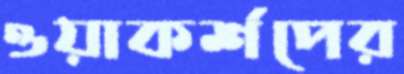
ওয়াকর্শপের